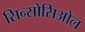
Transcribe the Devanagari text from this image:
सिन्सोसिओल